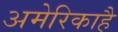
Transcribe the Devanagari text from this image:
अमेरिकाहै